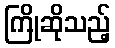
ကြိုဆိုသည့်